Scottish Certificate of Education, 1962
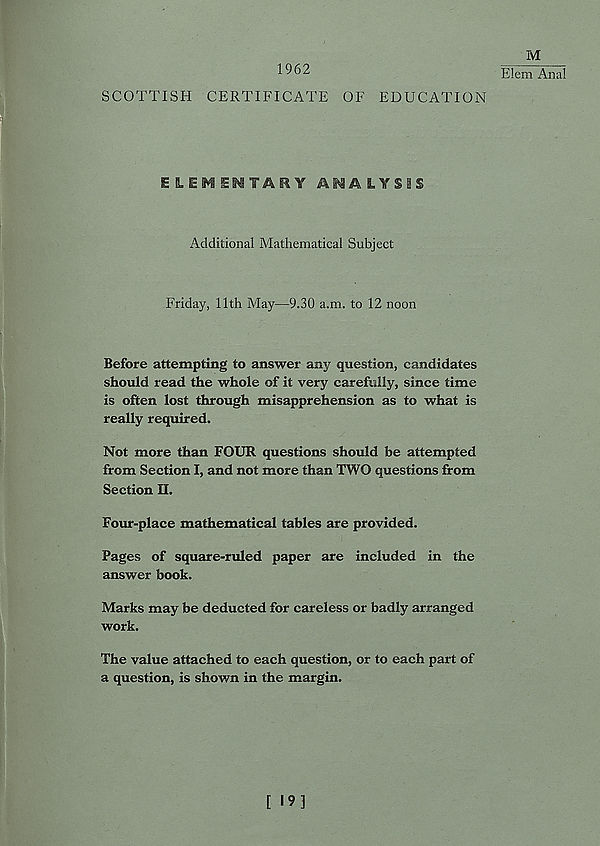
M
1962
Elem Anal
SCOTTISH CERTIFICATE OF EDUCATION
ANALYSIS
Additional Mathematical Subject
Friday, 11th May—9.30 a.m. to 12 noon
Before attempting to answer any question, candidates
should read the whole of it very carefully, since time
is often lost through misapprehension as to what is
really required.
Not more than FOUR questions should be attempted
from Section I, and not more than TWO questions from
Section II.
Four-place mathematical tables are provided.
Pages of square-ruled paper are included in the
answer book.
Marks may be deducted for careless or badly arranged
work.
The value attached to each question, or to each part of
a question, is shown in the margin.
[ I9J